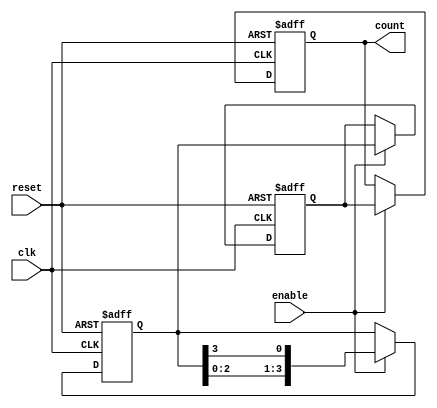
module johnson_counter (
    input wire clk,
    input wire reset,
    input wire enable,
    output reg [3:0] count
);

reg [3:0] q [0:1];

always @(posedge clk or posedge reset) begin
    if (reset) begin
        count <= 4'b0000;
        q[0] <= 4'b0001;
        q[1] <= 4'b1010;
    end else begin
        if (enable) begin
            count <= q[0];
            q[0] <= q[1];
            q[1] <= {q[1][2:0], q[1][3]};
        end
    end
end

endmodule